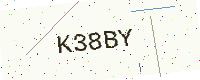
Text: K38BY